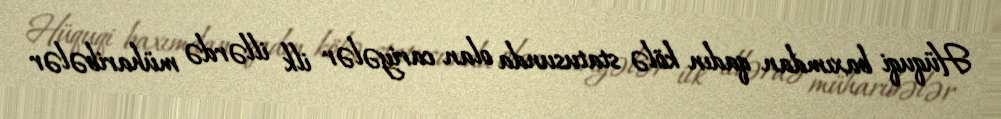
Hüquqi baxımdan qadın kölə statusunda olan cariyələr ilk illərdə müharibələr